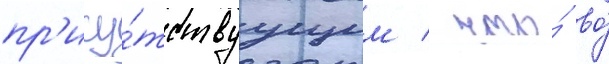
пр'ису́тствуущим / что́ во́